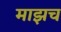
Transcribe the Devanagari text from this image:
माझच